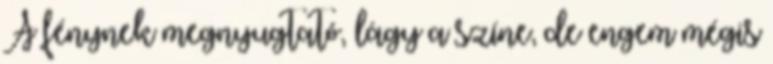
A fénynek megnyugtató, lágy a színe, de engem mégis